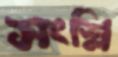
সংশ্লি